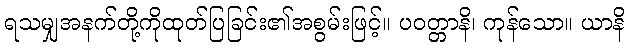
ရသမျှအနက်တို့ကိုထုတ်ပြခြင်း၏အစွမ်းဖြင့်။ ပဝတ္တာနိ၊ ကုန်သော။ ယာနိ